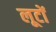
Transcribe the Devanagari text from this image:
लूटों